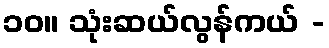
၁၀။ သုံးဆယ်လွန်ကယ် -